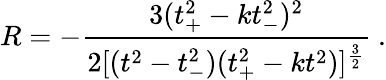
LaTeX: R=-\frac{3(t_{+}^{2}-kt_{-}^{2})^{2}}{2[(t^{2}-t_{-}^{2})(t_{+}^{2}-kt^{2})]^{\frac{3}{2}}}\ .